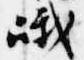
峨